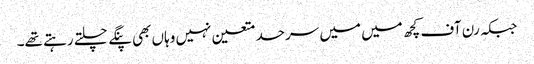
جبکہ رن آف کچھ میں میں سرحد متعین نہیں وہاں بھی پنگے چلتے رہتے تھے۔